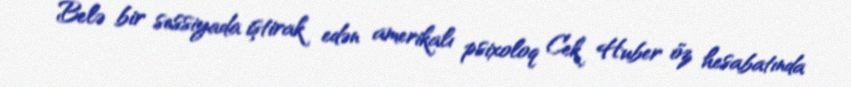
Belə bir sessiyada iştirak edən amerikalı psixoloq Cek Huber öz hesabatında